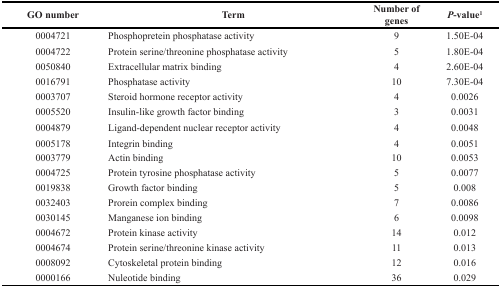
<table><thead><tr><td><b>GO number</b></td><td><b>Term</b></td><td><b>Number of genes</b></td><td><b><i>P</i>-value<sup>1</sup></b></td></tr></thead><tbody><tr><td>0004721</td><td>Phosphopretein phosphatase activity</td><td>9</td><td>1.50E-04</td></tr><tr><td>0004722</td><td>Protein serine/threonine phosphatase activity</td><td>5</td><td>1.80E-04</td></tr><tr><td>0050840</td><td>Extracellular matrix binding</td><td>4</td><td>2.60E-04</td></tr><tr><td>0016791</td><td>Phosphatase activity</td><td>10</td><td>7.30E-04</td></tr><tr><td>0003707</td><td>Steroid hormone receptor activity</td><td>4</td><td>0.0026</td></tr><tr><td>0005520</td><td>Insulin-like growth factor binding</td><td>3</td><td>0.0031</td></tr><tr><td>0004879</td><td>Ligand-dependent nuclear receptor activity</td><td>4</td><td>0.0048</td></tr><tr><td>0005178</td><td>Integrin binding</td><td>4</td><td>0.0051</td></tr><tr><td>0003779</td><td>Actin binding</td><td>10</td><td>0.0053</td></tr><tr><td>0004725</td><td>Protein tyrosine phosphatase activity</td><td>5</td><td>0.0077</td></tr><tr><td>0019838</td><td>Growth factor binding</td><td>5</td><td>0.008</td></tr><tr><td>0032403</td><td>Prorein complex binding</td><td>7</td><td>0.0086</td></tr><tr><td>0030145</td><td>Manganese ion binding</td><td>6</td><td>0.0098</td></tr><tr><td>0004672</td><td>Protein kinase activity</td><td>14</td><td>0.012</td></tr><tr><td>0004674</td><td>Protein serine/threonine kinase activity</td><td>11</td><td>0.013</td></tr><tr><td>0008092</td><td>Cytoskeletal protein binding</td><td>12</td><td>0.016</td></tr><tr><td>0000166</td><td>Nuleotide binding</td><td>36</td><td>0.029</td></tr></tbody></table>